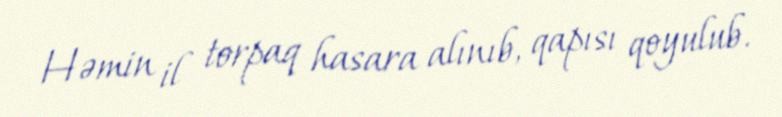
Həmin il torpaq hasara alınıb, qapısı qoyulub.